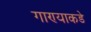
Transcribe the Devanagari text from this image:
गाण्याकडे